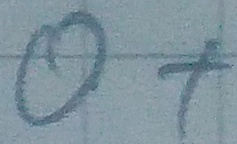
Text: O+